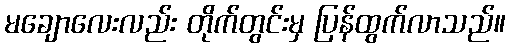
မချောလေးလည်း တိုက်တွင်းမှ ပြန်ထွက်လာသည်။